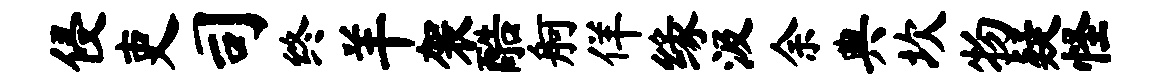
侵吏司终羊袈酷舸佯缘汲余典坎物疑怪